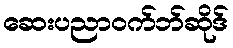
ဆေးပညာဝက်ဘ်ဆိုဒ်